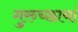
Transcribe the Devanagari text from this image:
गुरुच्छायां